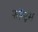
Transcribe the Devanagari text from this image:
फ़ॉन्ट्‍स